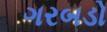
ગરબડો